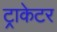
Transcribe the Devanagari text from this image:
ट्राकेटर